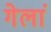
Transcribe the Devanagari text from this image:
गेलां